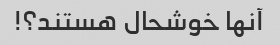
آنها خوشحال هستند؟!